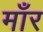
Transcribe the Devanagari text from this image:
माँर